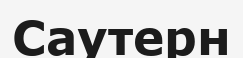
Саутерн